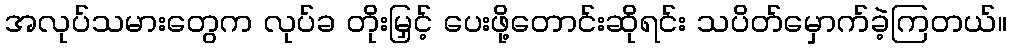
အလုပ်သမားတွေက လုပ်ခ တိုးမြှင့် ပေးဖို့တောင်းဆိုရင်း သပိတ်မှောက်ခဲ့ကြတယ်။